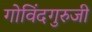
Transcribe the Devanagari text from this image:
गोविंदगुरुजी